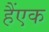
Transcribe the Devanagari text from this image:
हैंएक